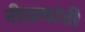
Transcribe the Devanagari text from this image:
नीलाकांती